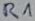
Text: R1